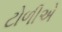
ટોળીએ